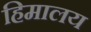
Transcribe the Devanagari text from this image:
हिमालय